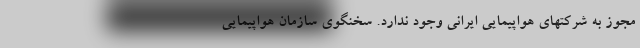
مجوز به شرکتهای هواپیمایی ایرانی وجود ندارد. سخنگوی سازمان هواپیمایی